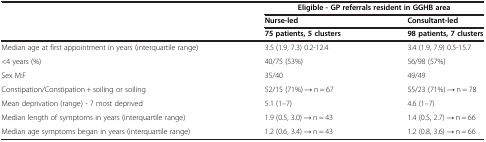
<table><thead><tr><td><b> </b></td><td colspan="2"><b>Eligible - GP referrals resident in GGHB area</b></td></tr><tr><td><b> </b></td><td><b>Nurse-led</b></td><td><b>Consultant-led</b></td></tr><tr><td><b> </b></td><td><b>75 patients, 5 clusters</b></td><td><b>98 patients, 7 clusters</b></td></tr></thead><tbody><tr><td>Median age at first appointment in years (interquartile range)</td><td>3.5 (1.9, 7.3) 0.2-12.4</td><td>3.4 (1.9, 7.9) 0.5-15.7</td></tr><tr><td>&lt;4 years (%)</td><td>40/75 (53%)</td><td>56/98 (57%)</td></tr><tr><td>Sex M:F</td><td>35/40</td><td>49/49</td></tr><tr><td>Constipation/Constipation + soiling or soiling</td><td>52/15 (71%) → n = 67</td><td>55/23 (71%) → n = 78</td></tr><tr><td>Mean deprivation (range) - 7 most deprived</td><td>5.1 (1–7)</td><td>4.6 (1–7)</td></tr><tr><td>Median length of symptoms in years (interquartile range)</td><td>1.9 (0.5, 3.0) → n = 43</td><td>1.4 (0.5, 2.7) → n = 66</td></tr><tr><td>Median age symptoms began in years (interquartile range)</td><td>1.2 (0.6, 3.4) → n = 43</td><td>1.2 (0.8, 3.6) → n = 66</td></tr></tbody></table>